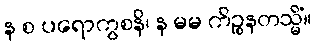
န စ ပရောကွစနိ၊ န မမ ကိဉ္စနတသ္မိံ။